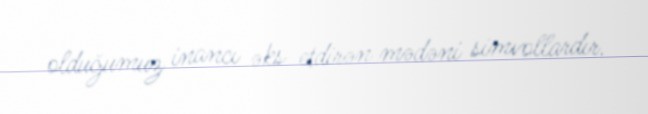
olduğumuz inancı əks etdirən mədəni simvollardır.